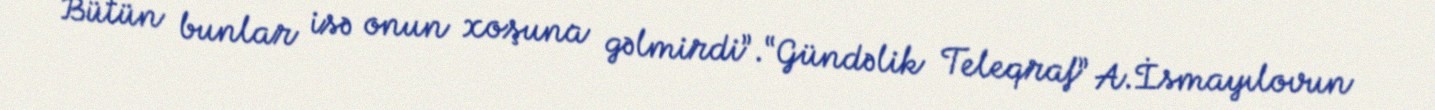
Bütün bunlar isə onun xoşuna gəlmirdi”.“Gündəlik Teleqraf” A.İsmayılovun